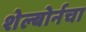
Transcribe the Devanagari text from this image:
शेल्बोर्नचा